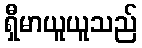
ရှီမာယူယူသည်